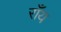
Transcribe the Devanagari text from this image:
राँय